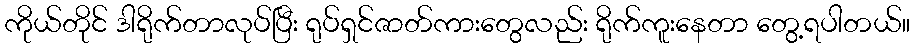
ကိုယ်တိုင် ဒါရိုက်တာလုပ်ပြီး ရုပ်ရှင်ဇာတ်ကားတွေလည်း ရိုက်ကူးနေတာ တွေ့ရပါတယ်။